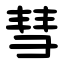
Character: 彗